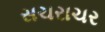
સચરાચર